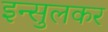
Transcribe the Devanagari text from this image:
इन्सुलकर